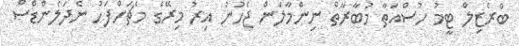
ބްރެޒިލް ޓީމު ހުސްއަތާ މުބާރާތް ނިންމާލަން ޖެހުނު އިރު މިރޭގެ މެޗަށްފަހު ނެދަލެންޑްސް